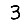
Digit: 3